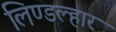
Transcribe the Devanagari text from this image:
लिण्डल्हार